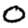
Digit: 0